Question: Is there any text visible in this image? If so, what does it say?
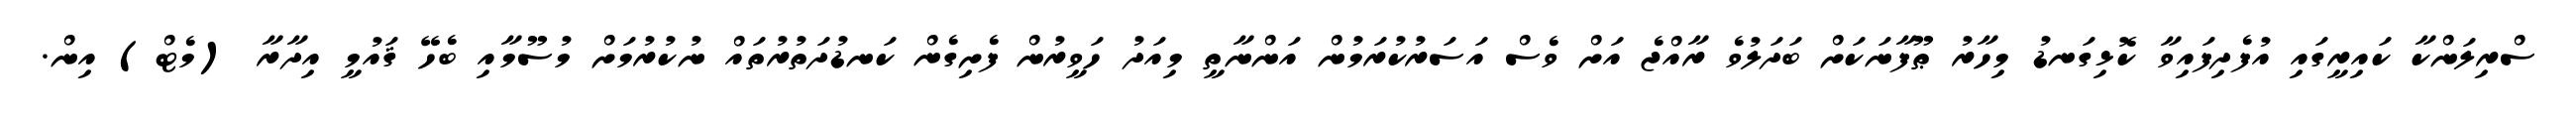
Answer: ސްރިލަންކާ ކައިރީގައި އުފެދިފައިވާ ކޮޅިގަނޑު މިހާރު ޠޫފާނަކަށް ބަދަލުވެ ރާއްޖެ އަށް ވެސް އަސަރުކުރަމުން އަންނާތީ މިއަދު ހަވީރުން ފެށިގެން ކަނޑުދަތުރުތައް ނުކުރުމަށް މުސޫމާއި ބެހޭ ޤައުމީ އިދާރާ (މެޓް) އިން.